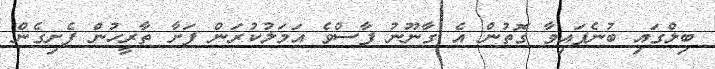
ބިލްގައި ބުނެފައިވާ ގޮތުން އެ ގާނޫނު ފާސްވެ އަމަލުކުރަން ފަށާ ތާރީހުން ފެށިގެން